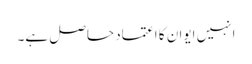
انہیں ایوان کا اعتماد حاصل ہے۔